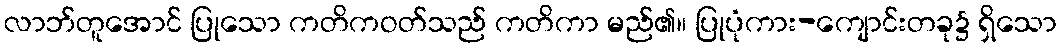
လာဘ်တူအောင် ပြုသော ကတိကဝတ်သည် ကတိကာ မည်၏။ ပြုပုံကား-ကျောင်းတခု၌ ရှိသော